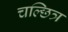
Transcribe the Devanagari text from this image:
चल्छित्र